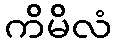
ကိမိလံ